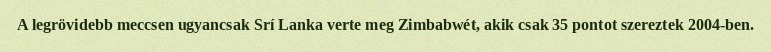
A legrövidebb meccsen ugyancsak Srí Lanka verte meg Zimbabwét, akik csak 35 pontot szereztek 2004-ben.